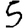
Digit: 5